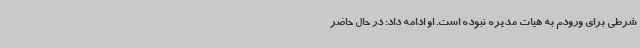
شرطی برای ورودم به هیات مدیره نبوده است. او ادامه داد: در حال حاضر